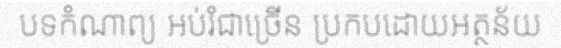
បទកំណាព្យ អប់រំជាច្រើន ប្រកបដោយអត្ថន័យ